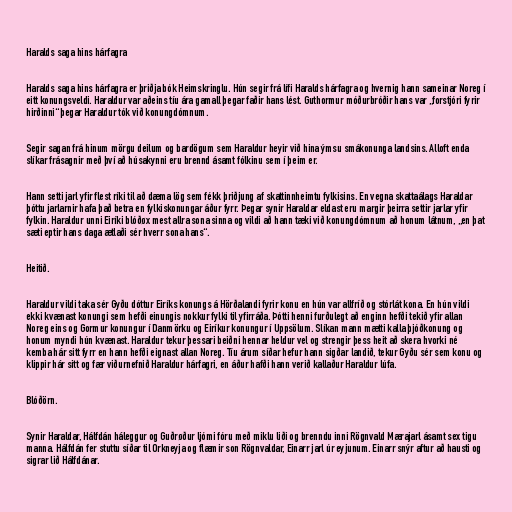
Haralds saga hins hárfagra

Haralds saga hins hárfagra er þriðja bók Heimskringlu. Hún segir frá lífi Haralds hárfagra og hvernig hann sameinar Noreg í
eitt konungsveldi. Haraldur var aðeins tíu ára gamall þegar faðir hans lést. Guthormur móðurbróðir hans var „forstjóri fyrir
hirðinni“ þegar Haraldur tók við konungdómnum.

Segir sagan frá hinum mörgu deilum og bardögum sem Haraldur heyir við hina ýmsu smákonunga landsins. Alloft enda
slíkar frásagnir með því að húsakynni eru brennd ásamt fólkinu sem í þeim er.

Hann setti jarl yfir flest ríki til að dæma lög sem fékk þriðjung af skattinnheimtu fylkisins. En vegna skattaálags Haraldar
þóttu jarlarnir hafa það betra en fylkiskonungar áður fyrr. Þegar synir Haraldar eldast eru margir þeirra settir jarlar yfir
fylkin. Haraldur unni Eiríki blóðøx mest allra sona sinna og vildi að hann tæki við konungdómnum að honum látnum, „en þat
sæti eptir hans daga ætlaði sér hverr sona hans“.

Heitið.

Haraldur vildi taka sér Gyðu dóttur Eiríks konungs á Hörðalandi fyrir konu en hún var allfríð og stórlát kona. En hún vildi
ekki kvænast konungi sem hefði einungis nokkur fylki til yfirráða. Þótti henni furðulegt að enginn hefði tekið yfir allan
Noreg eins og Gormur konungur í Danmörku og Eiríkur konungur í Uppsölum. Slíkan mann mætti kalla þjóðkonung og
honum myndi hún kvænast. Haraldur tekur þessari beiðni hennar heldur vel og strengir þess heit að skera hvorki né
kemba hár sitt fyrr en hann hefði eignast allan Noreg. Tíu árum síðar hefur hann sigðar landið, tekur Gyðu sér sem konu og
klippir hár sitt og fær viðurnefnið Haraldur hárfagri, en áður hafði hann verið kallaður Haraldur lúfa.

Blóðörn.

Synir Haraldar, Hálfdán háleggur og Guðrøður ljómi fóru með miklu liði og brenndu inni Rögnvald Mærajarl ásamt sex tigu
manna. Hálfdán fer stuttu síðar til Orkneyja og flæmir son Rögnvaldar, Einarr jarl úr eyjunum. Einarr snýr aftur að hausti og
sigrar lið Hálfdánar.